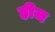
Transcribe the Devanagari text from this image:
हीज